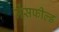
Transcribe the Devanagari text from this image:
मेंसफील्ड